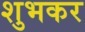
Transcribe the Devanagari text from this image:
शुभकर